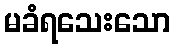
မခံရသေးသော